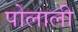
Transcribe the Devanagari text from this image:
पोलाली